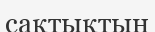
сақтықтың